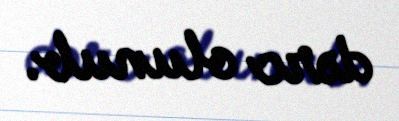
dərc olunub.